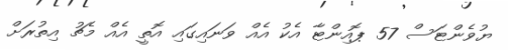
ޔުވެންޓަސް 57 ޕޮއިންޓާ އެކު އެއް ވަނައިގައި އޮތީ އެއް މެޗު އިތުރަށް